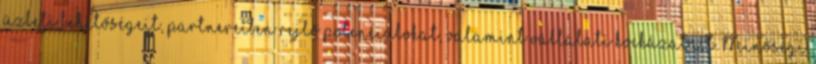
üzleti lehetőségeit, partnereiben rejlő potenciálokat, valamint vállalati kockázatait. Minőségi